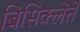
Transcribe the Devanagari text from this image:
बिसिक्लेत्ते